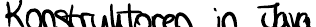
Konstruktoren in Java